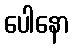
ပေါနော